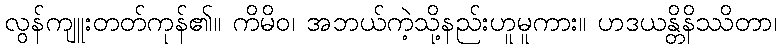
လွန်ကျူးတတ်ကုန်၏။ ကိမိဝ၊ အဘယ်ကဲ့သို့နည်းဟူမူကား။ ဟဒယန္တိနိဿိတာ၊